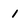
Character: 1